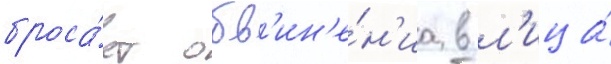
броса́ет обв'ин'е́н'иа в л'ица́